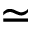
\simeq